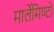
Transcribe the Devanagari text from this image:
मार्लेमिण्टो